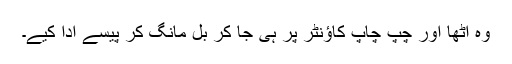
وہ اٹھا اور چپ چاپ کاؤنٹر پر ہی جا کر بل مانگ کر پیسے ادا کیے۔